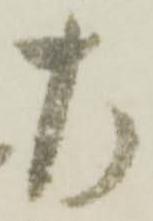
左